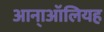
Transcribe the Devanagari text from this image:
आना्ऑलियह